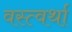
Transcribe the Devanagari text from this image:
वस्त्वर्था